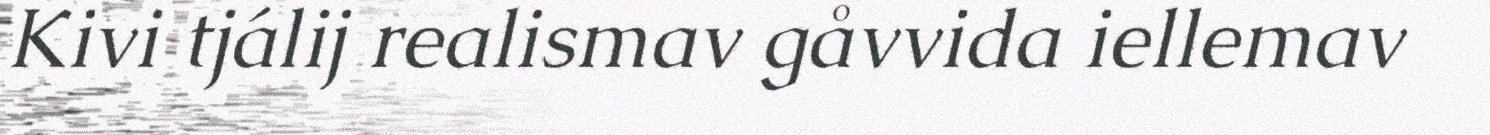
Kivi tjálij realismav gåvvida iellemav